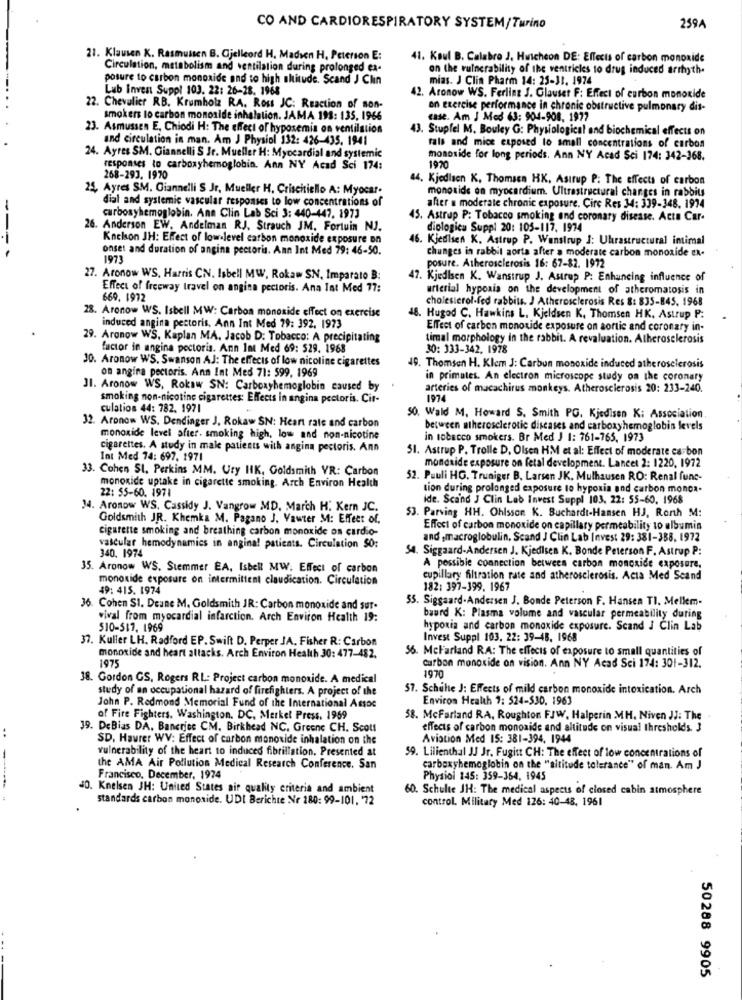
CO AND CARDIORESPIRATORY SYSTEM/Turino
259A
21. Klausen K. Rasmussen B. Gjelleord H. Madsen H. Peterson E:
41. Koul B. Calabro J. Huicheon DE: Effects of carbon monoxide
Circulation, metabolism and ventilation during prolonged ex-
on the vulnerability of the ventricles to drug induced arrhyth.
posure to carbon monoxide and to high altitude. Scand J Clin
mias. J Clin Pharm 14: 25-31, 1974
Lub Invest Suppl 103. 22: 26-28. 1968
42. Aronow WS. Ferling J. Glauser F: Effect of carbon monoxide
22. Chevalier RB. Krumholz RA. Ross JC: Reaction of son-
on exercise performance in chronic obstructive pulmonary dis-
smokers to carbon monoxide inhalation. JAMA 198: 135, 1966
case. Am J Med 63: 904-908, 1977
23. Asmussen E, Chiodi H: The effect of hypoxemis on ventilation
43. Stupfel M. Bouley G: Physiological and biochemical effects on
and circulation in man. Am J Physiol 132: 426-435. 1941
fals and mice exposed to small concentrations of carbon
24. Ayres SM. Giannelli S Jr. Mueller H: Myocardial and systemic
monoside for long periods. Ann NY Acad Sci 174: 342-368.
responses to carboxyhemoglobin. Ann NY Acad Sci 174:
1970
268-293. 1970
44. Kjedisen K. Thomsen HK. Asirup P: The effects of carbon
25, Ayres SM. Giannelli S Jr, Mueller H. Criscitiello A: Myocar.
monoxide on myocardium. Ultrastructural changes in rabbits
dial and systemic vascular responses to low concentrations of
after a moderate chronic exposure. Circ Res 34: 339-348. 1974
carbosyhemoglobin. Ann Clin Lab Sci 3: 440-447. 1973
15. Astrup P: Tobacco smoking and coronary disease. Acta Car-
26. Anderson EW. Andelman RJ, Strauch JM, Fortuin NJ.
diplogica Suppl 20: 105-117. 1974
---
Knelson JH: Effect of lowlevel carbon monoxide exposure on
46. Kjedisen K. Astrup P. Wensirup J: Uhrastructural intimal
onset and duration of angina pectoris. Ann Int Med 79: 46-50.
chunges in rabbit aorta after a moderate carbon monoxide ex-
1973
posure. Atherosclerosis 16: 67-82. 1972
27. Aronow WS. Harris CN. Isbell MW, Rokaw SN. Imparato B:
47. Kjedlsen K. Wanstrup J. Astrup P: Enhancing influence of
Effect of freeway travel on angina pectoris. Ana Int Med 77:
arterial hypoxia on the development of atheromatosis in
669. 1972
cholesterol-fed rabbits. J Atherosclerosis Res 8: 835-845. 1968
28. Aronow WS. Isbell MW: Carbon monoxide effect on exercise
48. Hugod C. Hawkins L. Kjeldsen K. Thomsen HK. Astrup P:
induced angina pectoris, Ann Int Med 29: 392. 1973
Effect of carbon monoxide exposure on aortic and coronary in-
29. Aronow WS. Kaplan MA. Jacob D: Tobacco: A precipitating
timal morphology in the rabbit. A revaluation. Atherosclerosis
factor in angina pectoris. Ann Imt Med 69: 529. 1968
30: 333-342, 1978
30. Aronow WS. Swanson AJ: The effects of low nicoline cigarettes
on angina pectoris. Anm Int Med 71: 599, 1969
49. Thomsen H. Klem J: Carbon monoxide induced atherosclerosis
in primates. An electron microscope study on the coronary
31. Aronow WS, Rokaw SN: Carboxyhemoglobin caused by
arteries of macachirus monkeys. Atherosclerosis 20: 233-240.
smoking non-nicotine cigarettes: Effects in angina pectoris. Cit-
culation 44: 782. 1971
50. Wald M. Howard S. Smith PG. Kjedisen K: Association,
32. Aronow WS. Dendinger J, Rokaw SN: Heart rate and carbon
between atherosclerotic diseases and carboxyhemoglobin levels
monoxide level after. smoking high, low and non-nicotine
in tobacco smokers. Br Med J 1: 761-765, 1973
cigarettes. A study in male patients with angina pectoris. Ann
51. Astrup P. Trolle D. Olsen HM et al: Effect of moderate carbon
Int Med 74: 697. 2971
33. Cohen SI, Perkins MM. Ury HIK, Goldsmith VR: Carbon
monoxide exposure on fetal development. Lancet 2: 1220, 1972
52. Pauli HG. Truniger B. Larsen JK. Mulhausen RO: Renal func-
monoxide uptake in cigarette smoking. Arch Environ Health
22: 55-60. 1971
tion during prolonged exposure to hypoxia and carbon monca-
ide. Scand J Clin Lab Invest Suppl 103, 22: 55-60. 1968
34. Aronow WS. Cassidy J. Vangrow MD. March H. Kern JC.
53. Parving HH. Ohlsson K. Buchardt-Hansen HJ, Ronh M:
Goldsmith JR. Khemka M. Pagano J. Vawter M: Effect of.
cigarette smoking and breathing carbon monoxide on cardio-
Effect of carbon monoxide on capillary permeability to albumin
and ,macroglobulin, Scand J Clin Lab Invest 29: 381-388, 1972
340. 1974
vascular hemodynamics in anginal patients. Circulation SO:
54. Siggaard-Andersen J. Kjedisen K. Bonde Peterson F. Astrup P:
35. Aronow WS. Stemmer EA, Isbell MW. Effect of carbon
A possible connection between carbon monoxide exposure.
monoxide exposure on intermittent claudication. Circulation
cupillary filtration rate and atherosclerosis. Acta Med Scand
49: 415. 1974
182: 397-399. 1967
35. Siggaard-Andersen J. Bonde Peterson F. Hansen TI. Mellem-
36. Cohen SI. Deane M. Goldsmith JR: Carbon monoxide and sur.
wival from myocardial infarction. Arch Environ Health 19:
buurd K: Plasma volume and vascular permeability during
$10-517, 1969
hypoxia and carbon monoxide exposure. Scand J Clin Lab
37. Kuller LH. Radford EP. Swift D. Perper JA. Fisher R: Carbon
Invest Suppl 103, 22: 39-48. 1968
56. McFarland RA: The effects of exposure to small quantities of
monoxide and heart attacks. Arch Environ Health 30: 477-482.
1975
carbon monoxide on vision. Ann NY Acad Sci 174: 301-312.
38. Gordon GS, Rogers RL: Project carbon monoxide. A medical
1970
study of an occupational hazard of firefighters. A project of the
57. Schulte J: Effects of mild carbon monoxide intoxication. Arch
Environ Health ": 524-530, 1963
John P. Redmond Memorial Fund of the International Assoc
of Fire Fighters. Washington, DC. Merkel Press. 1959
58. McFarland RA, Roughton FJW, Halperin MH. Niven JJ: The
19. DeBias DA. Bancrice CM. Birkhead NC. Greene CH. Scott
effects of carbon monoxide and altitude on visual thresholds. 3
..
SD, Haurer WV: Effect of carbon monoxide inhalation on the
Aviation Med IS: 381-394. 1944
vulnerability of the heart to induced fibrillation. Presented at
59. Lilienthal JJ Jr. Fugitt CH: The effect of low concentrations of
the AMA Air Pollution Medical Research Conference. San
carboxyhemoglobin on the "altitude tolerance" of man. Am J
Francisco, December, 1974
Physiol 145: 359-364, 1945
40. Knelsen JH: United States air quality criteria and ambient
60. Schulte JH: The medical aspects of closed cabin atmosphere
standards carbon monoxide. UDI Berichte Nr 180: 99-101. 72
control. Military Med 126: 40-48. 1961
50288 9905